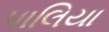
પાલિયા